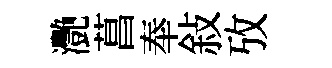
灧菖奉敍攷